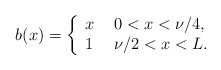
\begin{align*}b(x) = \left\{ \begin{array}{ll}x & \ 0<x<\nu /4 ,\\1 & \ \nu /2 <x<L. \end{array}\right.\end{align*}